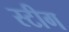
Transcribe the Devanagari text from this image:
स्टीग